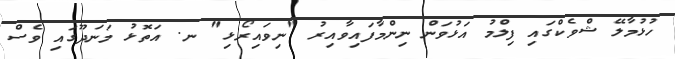
ހުޅުމާލޭ ޝްވެކްގައި ފިލްމު އަޅުވަން ނިންމާފައިވާއިރު "ނިވައިރޯޅި" ނ. އަތޮޅު މަނަދޫގައި ވެސް